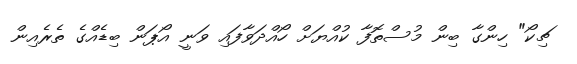
ޗިކޯ" ހިންގާ ބިން މުސްތޮފާ ކުއްޔަށް ހޯއްދަވާފައި ވަނީ އޯޕަން ބިޑެއްގެ ތެރެއިން